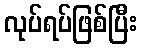
လုပ်ရပ်ဖြစ်ပြီး